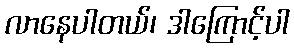
လာနေပါတယ်၊ ဒါကြောင့်ပါ